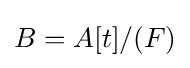
B=A[t]/(F)